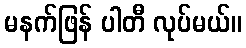
မနက်ဖြန် ပါတီ လုပ်မယ်။